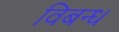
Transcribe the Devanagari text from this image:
विबन्ध